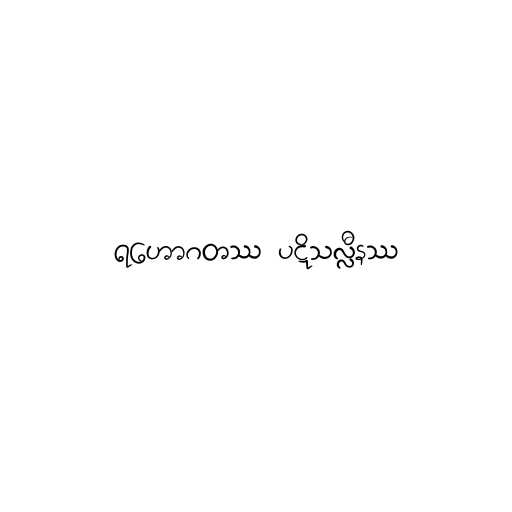
ရဟောဂတဿ ပဋိသလ္လီနဿ